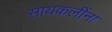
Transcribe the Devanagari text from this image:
सायकलींना